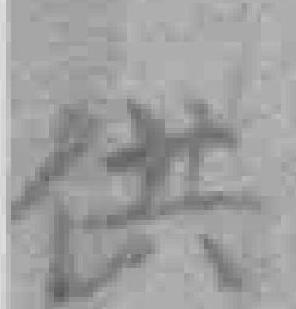
供